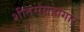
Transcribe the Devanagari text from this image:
शीतसंग्रहागार